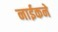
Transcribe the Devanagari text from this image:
नाईकने